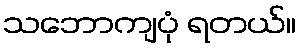
သဘောကျပုံ ရတယ်။